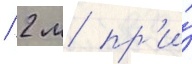
/ 2 м пр'и́